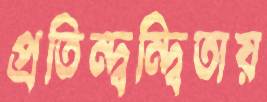
প্রতিন্দ্বন্দ্বিতায়